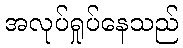
အလုပ်ရှုပ်နေသည်